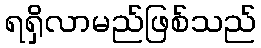
ရရှိလာမည်ဖြစ်သည်